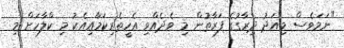
"ނަމަވެސް މިއަދު ދިރާގުގެ ފަރާތުން މި ވެދެއްވި އެހީތެރިކަމާއިއެކު މި ކްލާހަށް މި